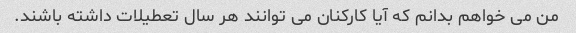
من می خواهم بدانم که آیا کارکنان می توانند هر سال تعطیلات داشته باشند.